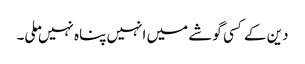
دین کے کسی گوشے میں انہیں پناہ نہیں ملی۔